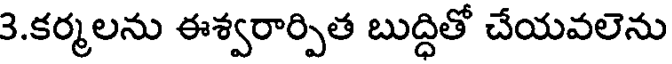
3.కర్మలను ఈశ్వరార్పిత బుద్ధితో చేయవలెను